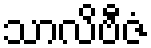
သာလိဗီဇံ